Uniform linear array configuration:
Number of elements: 4
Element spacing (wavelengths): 0.75
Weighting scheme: blackman
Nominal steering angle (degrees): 30
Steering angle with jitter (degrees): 31.977
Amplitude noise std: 0.05
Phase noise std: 0.05

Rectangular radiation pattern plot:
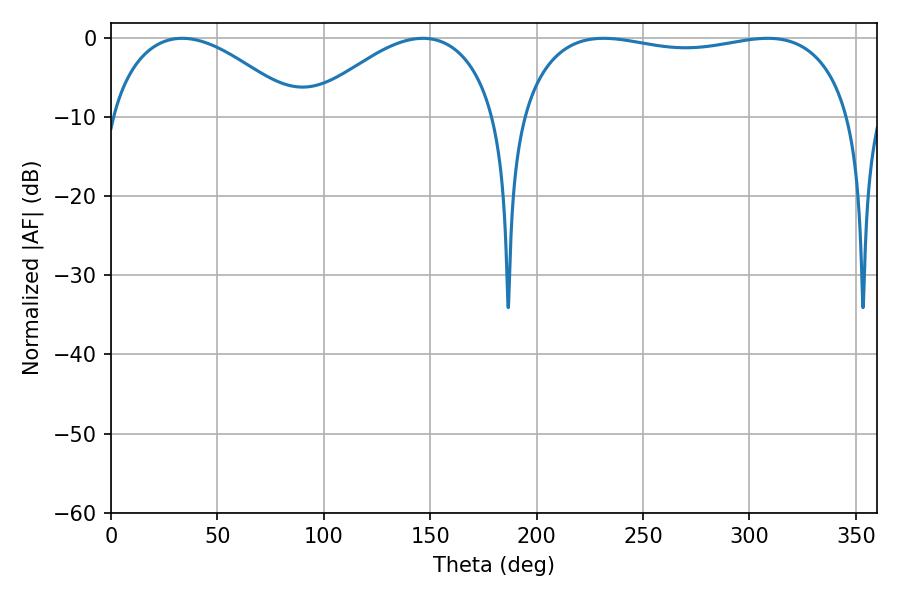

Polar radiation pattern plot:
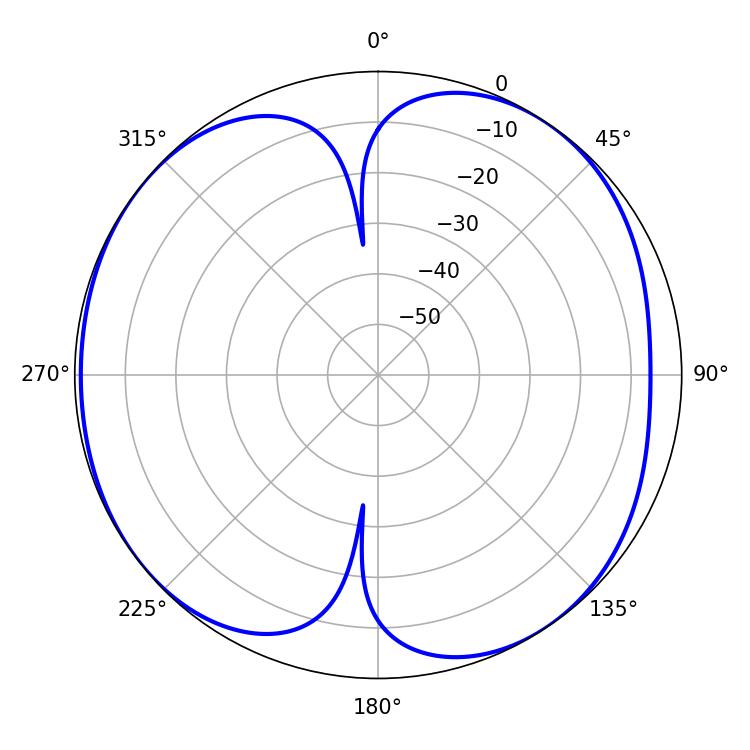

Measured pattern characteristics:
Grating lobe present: TRUE
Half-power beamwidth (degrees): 126.36
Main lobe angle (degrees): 308.52